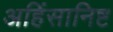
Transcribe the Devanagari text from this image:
अहिंसानिष्ट